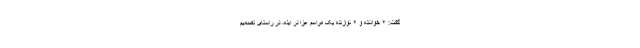
گفت: ۲ خواننده و ۲ نوازنده یک مراسم عزا در ایذه، در راستای تصمیم‌